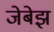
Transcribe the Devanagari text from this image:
जेबेझ